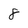
Character: 8